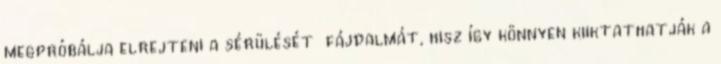
megpróbálja elrejteni a sérülését fájdalmát, hisz így könnyen kiiktathatják a